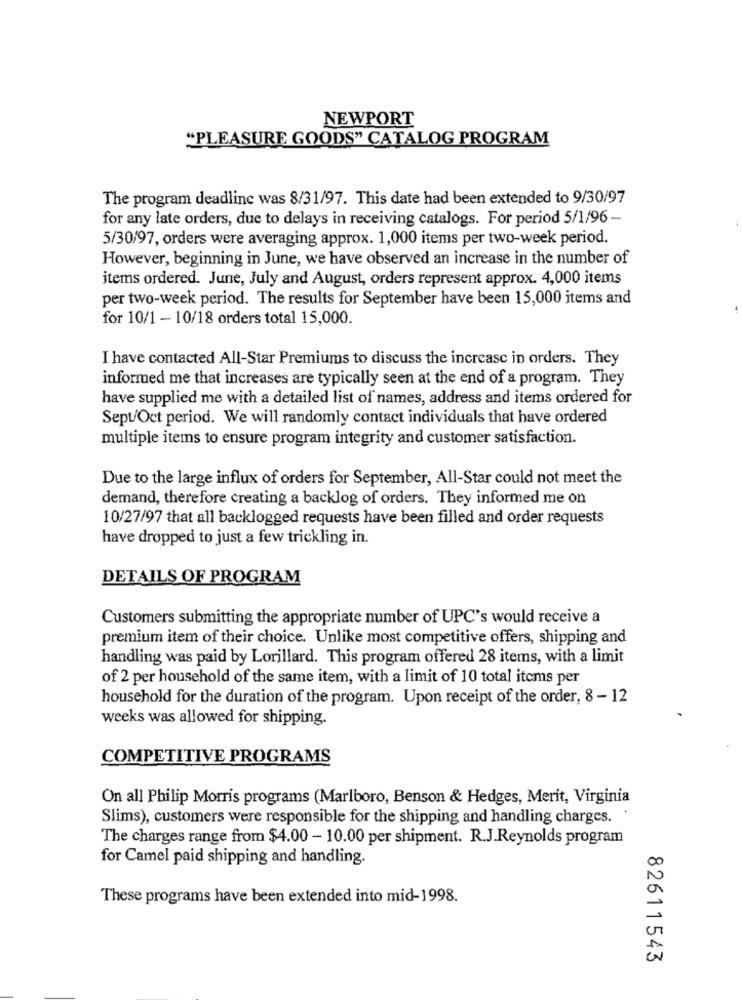
NEWPORT
"PLEASURE GOODS" CATALOG PROGRAM
The program deadline was 8/31/97. This date had been extended to 9/30/97
for any late orders, due to delays in receiving catalogs. For period 5/1/96 -
5/30/97, orders were averaging approx. 1,000 items per two-week period.
However, beginning in June, we have observed an increase in the number of
items ordered. June, July and August, orders represent approx. 4,000 items
per two-week period. The results for September have been 15,000 items and
for 10/1 - 10/18 orders total 15,000.
I have contacted All-Star Premiums to discuss the increase in orders. They
informed me that increases are typically seen at the end of a program. They
have supplied me with a detailed list of names, address and items ordered for
Sept/Oct period. We will randomly contact individuals that have ordered
multiple items to ensure program integrity and customer satisfaction.
Due to the large influx of orders for September, All-Star could not meet the
demand, therefore creating a backlog of orders. They informed me on
10/27/97 that all backlogged requests have been filled and order requests
have dropped to just a few trickling in.
DETAILS OF PROGRAM
Customers submitting the appropriate number of UPC's would receive a
premium item of their choice. Unlike most competitive offers, shipping and
handling was paid by Lorillard. This program offered 28 items, with a limit
of 2 per household of the same item, with a limit of 10 total items per
household for the duration of the program. Upon receipt of the order, 8 -12
weeks was allowed for shipping.
COMPETITIVE PROGRAMS
On all Philip Morris programs (Marlboro, Benson & Hedges, Merit, Virginia
Slims), customers were responsible for the shipping and handling charges. '
The charges range from $4.00 - 10.00 per shipment. R.J.Reynolds program
for Camel paid shipping and handling.
These programs have been extended into mid-1998.
82611543